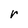
Character: r